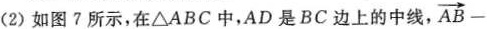
(2)如图7所示，在\triangle ABC中，AD是BC边上的中线， \overrightarrow{AB}-